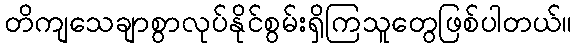
တိကျသေချာစွာလုပ်နိုင်စွမ်းရှိကြသူတွေဖြစ်ပါတယ်။